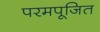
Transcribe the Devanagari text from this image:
परमपूजित